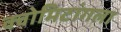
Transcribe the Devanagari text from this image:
क्वोमिटांगला